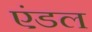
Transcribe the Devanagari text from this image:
एंडल